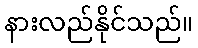
နားလည်နိုင်သည်။